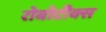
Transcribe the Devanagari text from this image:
रोबोटीक्स